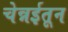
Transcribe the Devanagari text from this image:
चेन्नईतून